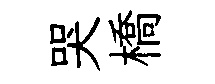
哭橋